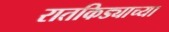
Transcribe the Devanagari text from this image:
रातकिड्याच्या